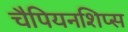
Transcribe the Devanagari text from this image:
चैपियनशिप्स